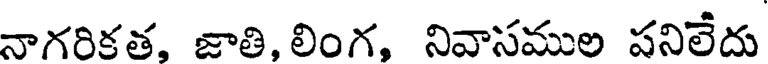
నాగరికత, జాతి, లింగ, నివాసముల పనిలేదు